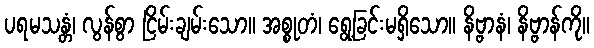
ပရမသန္တံ၊ လွန်စွာ ငြိမ်းချမ်းသော။ အစ္စုတံ၊ ရွေ့ခြင်းမရှိသော။ နိဗ္ဗာနံ၊ နိဗ္ဗာန်ကို။